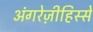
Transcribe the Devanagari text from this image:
अंगरेज़ीहिस्से